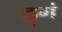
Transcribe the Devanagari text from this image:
ढ़्गं